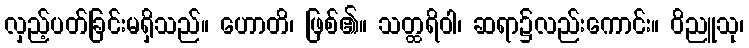
လှည့်ပတ်ခြင်းမရှိသည်။ ဟောတိ၊ ဖြစ်၏။ သတ္ထရိဝါ၊ ဆရာ၌လည်းကောင်း။ ဝိညူသု၊